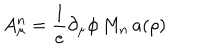
A _ { \mu } ^ { n } = \frac { 1 } { e } \partial _ { \mu } \phi \, M _ { n } \, a ( \rho )